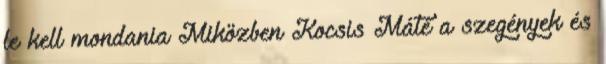
le kell mondania Miközben Kocsis Máté a szegények és